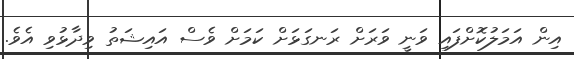
އިން އަމަލުކޮށްފައި ވަނީ ވަރަށް ރަނގަޅަށް ކަމަށް ވެސް އައިޝަތު ވިދާޅުވި އެވެ.